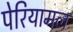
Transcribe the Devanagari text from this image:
पेरियामल